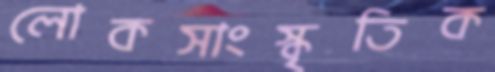
লোকসাংস্কৃতিক